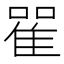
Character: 𨾴